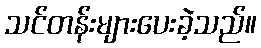
သင်တန်းများပေးခဲ့သည်။